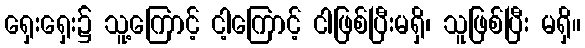
ရှေးရှေး၌ သူ့ကြောင့် ငါ့ကြောင့် ငါဖြစ်ပြီးမရှိ၊ သူဖြစ်ပြီး မရှိ။